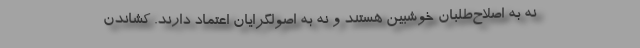
نه به اصلاح‌طلبان خوشبین هستند و نه به اصولگرایان اعتماد دارند. کشاندن